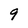
Character: 9